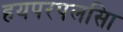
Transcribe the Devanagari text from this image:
हयपरपलसिा